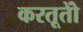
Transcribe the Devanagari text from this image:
करतूतोें